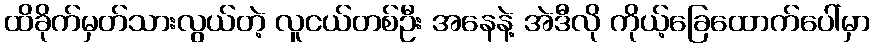
ထိခိုက်မှတ်သားလွယ်တဲ့ လူငယ်တစ်ဦး အနေနဲ့ အဲဒီလို ကိုယ့်ခြေထောက်ပေါ်မှာ